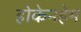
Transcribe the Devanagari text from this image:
होकेनहेम